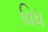
વિધ